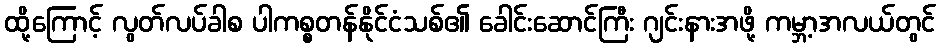
ထို့ကြောင့် လွတ်လပ်ခါစ ပါကစ္စတန်နိုင်ငံသစ်၏ ခေါင်းဆောင်ကြီး ဂျင်းနားအဖို့ ကမ္ဘာ့အလယ်တွင်